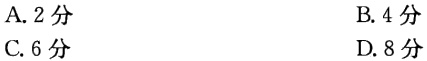
A. 2分

B. 4分

C. 6分

D. 8分